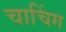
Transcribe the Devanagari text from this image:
चाचिंग